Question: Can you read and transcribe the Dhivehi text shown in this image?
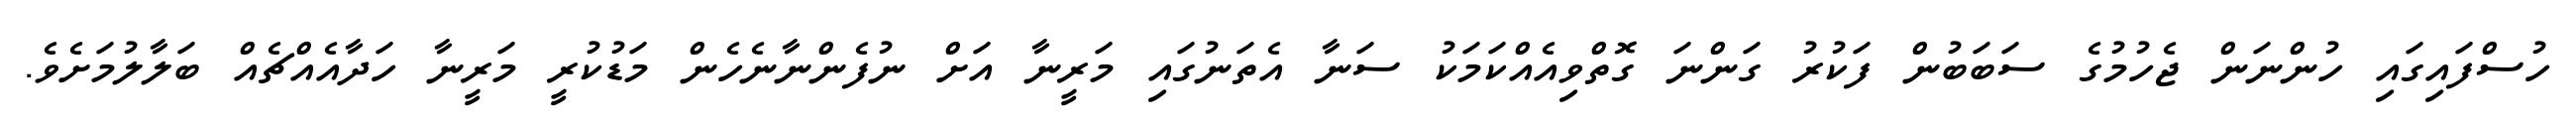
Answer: ހުސްފައިގައި ހުންނަން ޖެހުމުގެ ސަބަބުން ފަކުރު ގަންނަ ގޮތްވިއެއްކަމަކު ސަނާ އެތަނުގައި މަރީނާ އަށް ނުފެންނާނެހެން މަޑުކުރީ މަރީނާ ހަދާއެއްޗެއް ބަލާލުމަށެވެ.